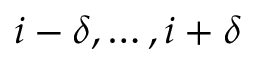
i - \delta , \ldots , i + \delta